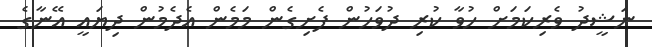
ނަޝީދު ވެރިކަމަށް ހުވާ ކުރި ދުވަހުން ފެށިގެން މަމެން އެދެމުން ދިޔައީ އޭނާގެ